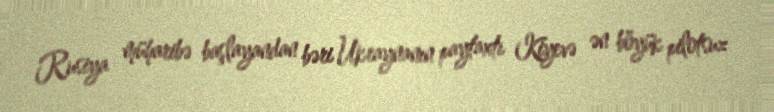
Rusiya müharibə başlayandan bəri Ukraynanın paytaxtı Kiyevə ən böyük pilotsuz